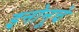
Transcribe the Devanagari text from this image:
इनोनूचे